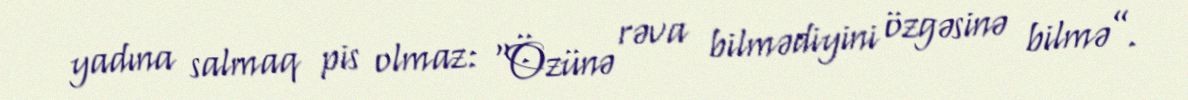
yadına salmaq pis olmaz: “Özünə rəva bilmədiyini özgəsinə bilmə”.